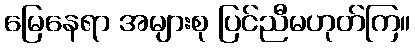
မြေနေရာ အများစု ပြင်ညီမဟုတ်ကြ။